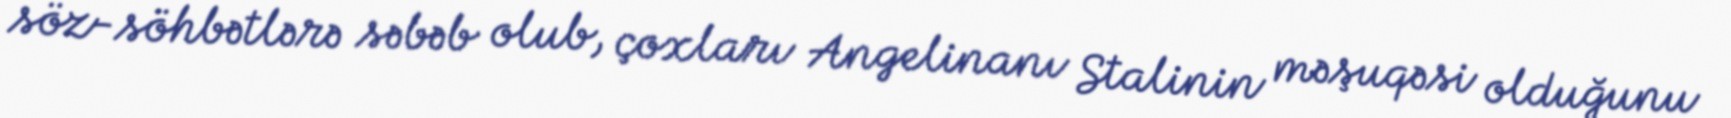
söz-söhbətlərə səbəb olub, çoxları Angelinanı Stalinin məşuqəsi olduğunu